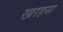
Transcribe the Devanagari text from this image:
खरहना